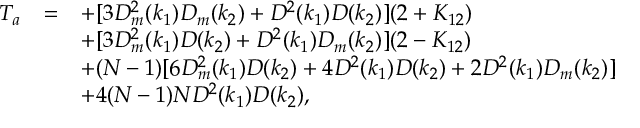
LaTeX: \begin{array} { r c l } { { T _ { a } } } & { { = } } & { { \displaystyle + [ 3 D _ { m } ^ { 2 } ( k _ { 1 } ) D _ { m } ( k _ { 2 } ) + D ^ { 2 } ( k _ { 1 } ) D ( k _ { 2 } ) ] ( 2 + K _ { 1 2 } ) } } \\ { { } } & { { } } & { { \displaystyle + [ 3 D _ { m } ^ { 2 } ( k _ { 1 } ) D ( k _ { 2 } ) + D ^ { 2 } ( k _ { 1 } ) D _ { m } ( k _ { 2 } ) ] ( 2 - K _ { 1 2 } ) } } \\ { { } } & { { } } & { { \displaystyle + ( N - 1 ) [ 6 D _ { m } ^ { 2 } ( k _ { 1 } ) D ( k _ { 2 } ) + 4 D ^ { 2 } ( k _ { 1 } ) D ( k _ { 2 } ) + 2 D ^ { 2 } ( k _ { 1 } ) D _ { m } ( k _ { 2 } ) ] } } \\ { { } } & { { } } & { { + 4 ( N - 1 ) N D ^ { 2 } ( k _ { 1 } ) D ( k _ { 2 } ) , } } \end{array}